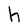
Character: h